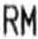
RM